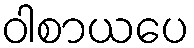
ဝါစာယပေ